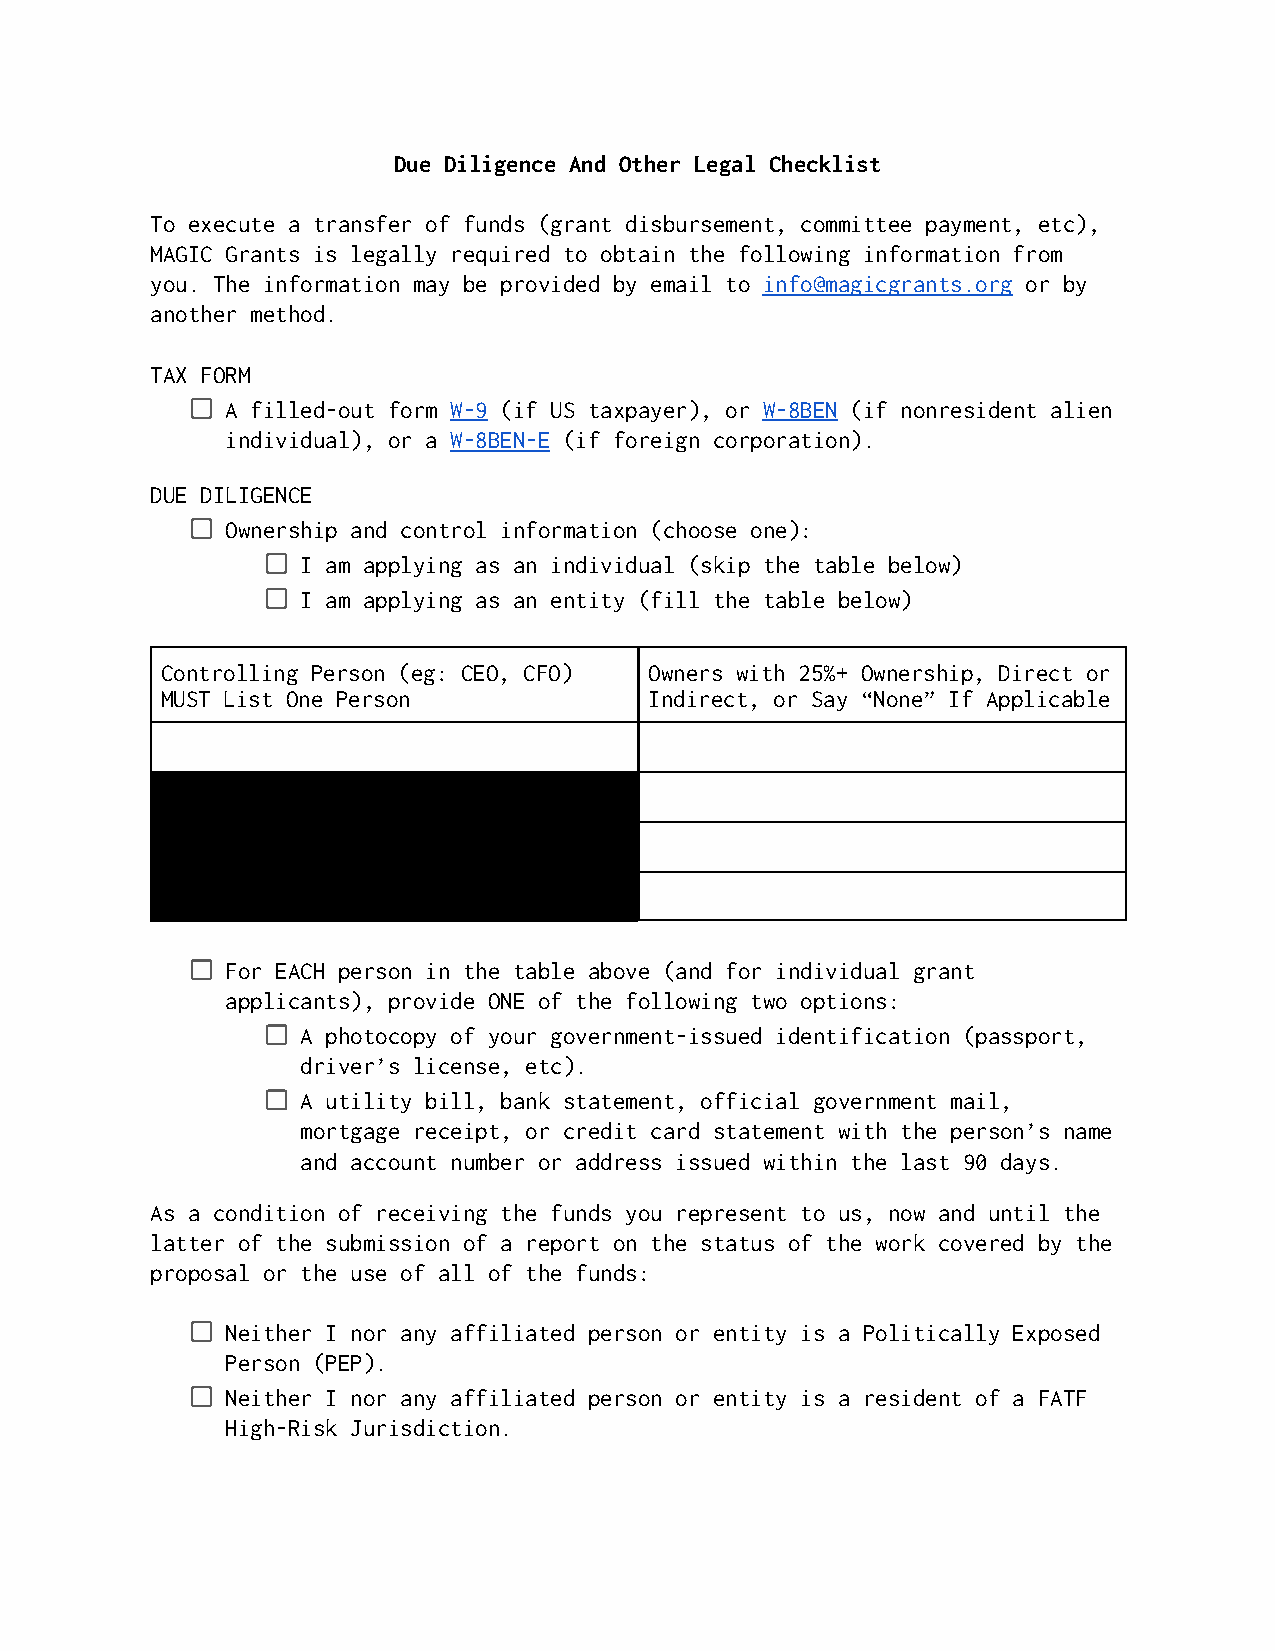
Due Diligence And Other Legal Checklist
 To execute a transfer of funds (grant disbursement, committee payment, etc),
 MAGIC Grants is legally required to obtain the following information from
 you. The information may be provided by email to info@magicgrants.org or by
 another method.
 TAX FORM
 A filled-out form W-9 (if US taxpayer), or W-8BEN (if nonresident alien
 individual), or a W-8BEN-E (if foreign corporation).
 DUE DILIGENCE
 Ownership and control information (choose one):
 I am applying as an individual (skip the table below)
 I am applying as an entity (fill the table below)
 Controlling Person (eg: CEO, CFO) Owners with 25%+ Ownership, Direct or
 MUST List One Person            Indirect, or Say “None” If Applicable
 For EACH person in the table above (and for individual grant
 applicants), provide ONE of the following two options:
 A photocopy of your government-issued identification (passport,
 driver’s license, etc).
 A utility bill, bank statement, official government mail,
 mortgage receipt, or credit card statement with the person’s name
 and account number or address issued within the last 90 days.
 As a condition of receiving the funds you represent to us, now and until the
 latter of the submission of a report on the status of the work covered by the
 proposal or the use of all of the funds:
 Neither I nor any affiliated person or entity is a Politically Exposed
 Person (PEP).
 Neither I nor any affiliated person or entity is a resident of a FATF
 High-Risk Jurisdiction.